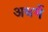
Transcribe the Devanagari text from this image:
अधर्मे